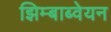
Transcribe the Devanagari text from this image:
झिम्बाब्वेयन